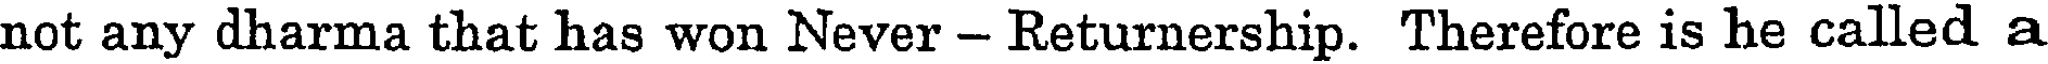
not any dharma that has won Never - Returnership. Therefore is he called a